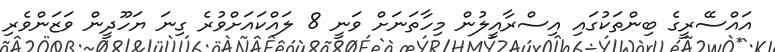
އައްސޭރީގެ ބިންތަކުގައި އިސްރާއީލުން މިހާތަނަށް ވަނީ 8 ލައްކައަށްވުރެ ގިނަ ޔަހޫދީން ވަޒަންވެރި